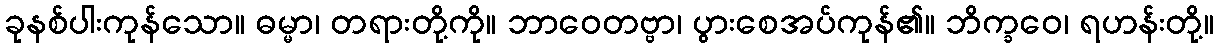
ခုနစ်ပါးကုန်သော။ ဓမ္မာ၊ တရားတို့ကို။ ဘာဝေတဗ္ဗာ၊ ပွားစေအပ်ကုန်၏။ ဘိက္ခဝေ၊ ရဟန်းတို့။